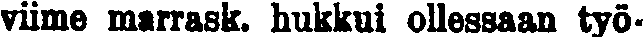
viime marrask. hukkui ollessaan työ-